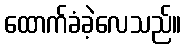
ထောက်ခံခဲ့လေသည်။